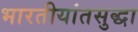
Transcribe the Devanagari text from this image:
भारतीयांतसुद्धा